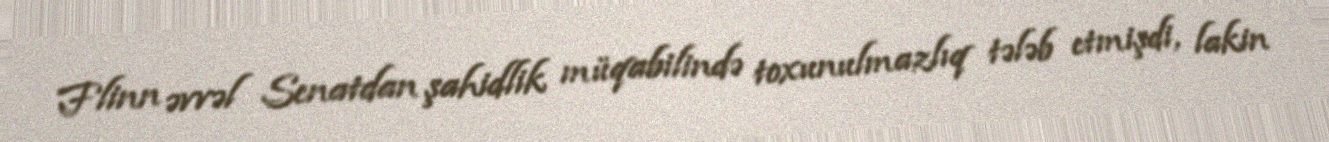
Flinn əvvəl Senatdan şahidlik müqabilində toxunulmazlıq tələb etmişdi, lakin